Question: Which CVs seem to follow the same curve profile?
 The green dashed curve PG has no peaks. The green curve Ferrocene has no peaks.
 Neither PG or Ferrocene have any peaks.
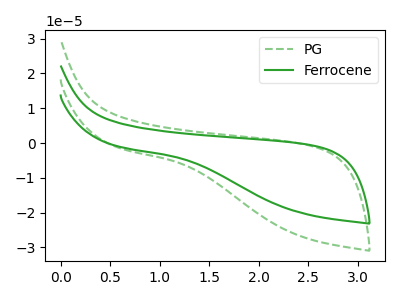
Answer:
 <answer>"Ferrocene" and "PG" have the same shape and are likely CV's of the same chemical.</answer>
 <eval>"Ferrocene" "PG"</eval>